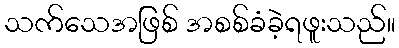
သက်သေအဖြစ် အစစ်ခံခဲ့ရဖူးသည်။